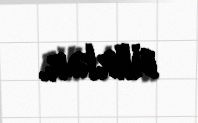
bilirlər.